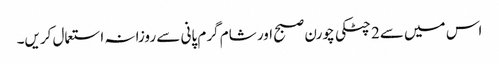
اس میں سے2 چٹکی چورن صبح اور شام گرم پانی سے روزانہ استعمال کریں۔